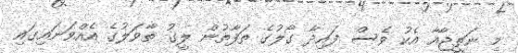
މި ނަތީޖާއާ އެކު ވެސް ފައިދާ ގޯލުގެ ތަފާތުން ލީގު ތާވަލުގެ އެއްވަނައިގައި